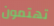
تهتمون